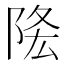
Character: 𨹠